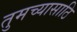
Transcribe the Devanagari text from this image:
तुमच्यासाठि